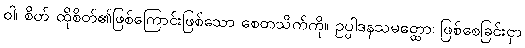
ဝါ၊ စိတ် ထိုစိတ်၏ဖြစ်ကြောင်းဖြစ်သော စေတသိက်ကို။ ဥပ္ပါဒနသမတ္ထော၊ ဖြစ်စေခြင်းငှာ